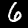
Label: 6